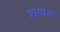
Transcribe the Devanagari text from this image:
प्लान्तेस